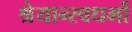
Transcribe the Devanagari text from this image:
श्रेयान्स्वधर्मो